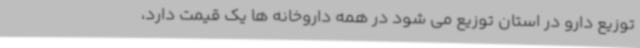
توزیع دارو در استان توزیع می شود در همه داروخانه ها یک قیمت دارد،